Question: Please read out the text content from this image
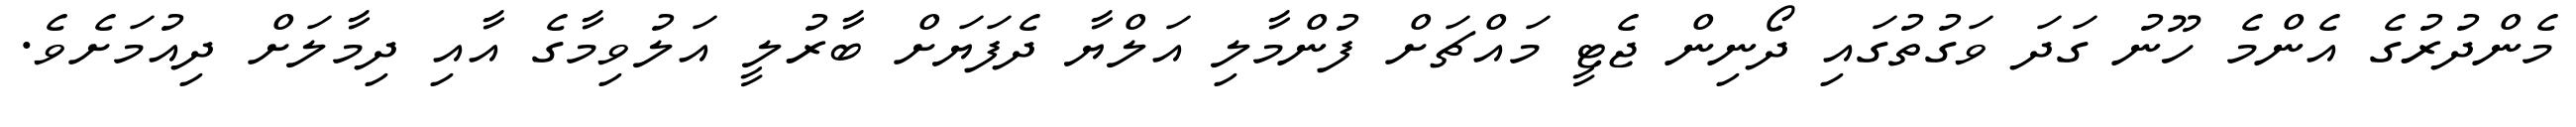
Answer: މެންދުރުގެ އެންމެ ހޫނު ގަދަ ވަގުތުގައި ދޯނިން ޖެޓީ މައްޗަށް ފުންމާލި އަލްޔާ ދެފަޔަށް ބާރުލީ އަލުވިމާގެ އާއި ދިމާލަށް ދިއުމަށެވެ.